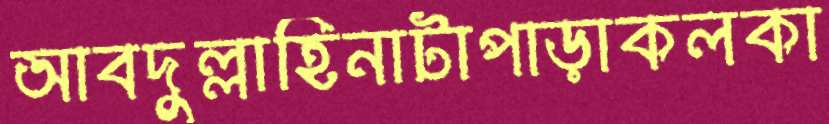
আবদুল্লাহিনাটাপাড়াকলকা